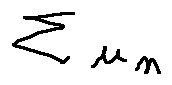
\sum u _ { n }